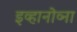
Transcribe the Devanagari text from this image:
इव्हानोव्ना